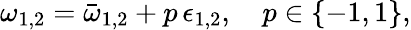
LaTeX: \begin{array}{r}{\omega_{1,2}=\bar{\omega}_{1,2}+p\, \epsilon_{1,2},\quad p\in\{ -1,1\} ,}\end{array}